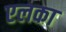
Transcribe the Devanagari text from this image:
एलका